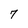
Character: 7